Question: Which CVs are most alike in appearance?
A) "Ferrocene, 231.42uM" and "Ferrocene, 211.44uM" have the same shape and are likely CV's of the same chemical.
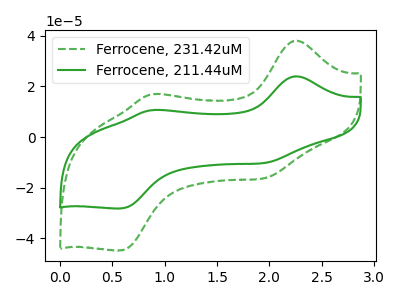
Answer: <think>The green dashed curve "Ferrocene, 231.42uM" has anodic peaks at (2.25V, 37.95uA) (0.90V, 16.80uA) and cathodic peaks at (1.95V, -16.20uA) (0.60V, -44.70uA). The green curve "Ferrocene, 211.44uM" has anodic peaks at (2.25V, 23.90uA) (0.90V, 10.60uA) and cathodic peaks at (1.95V, -10.20uA) (0.60V, -28.15uA).
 All the peaks in "Ferrocene, 231.42uM" have a peak in "Ferrocene, 211.44uM" at the same potential. Every peak in "Ferrocene, 231.42uM" is higher than every peak in "Ferrocene, 211.44uM".</think>
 <answer>A) "Ferrocene, 231.42uM" and "Ferrocene, 211.44uM" have the same shape and are likely CV's of the same chemical.</answer>
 <eval>A</eval>